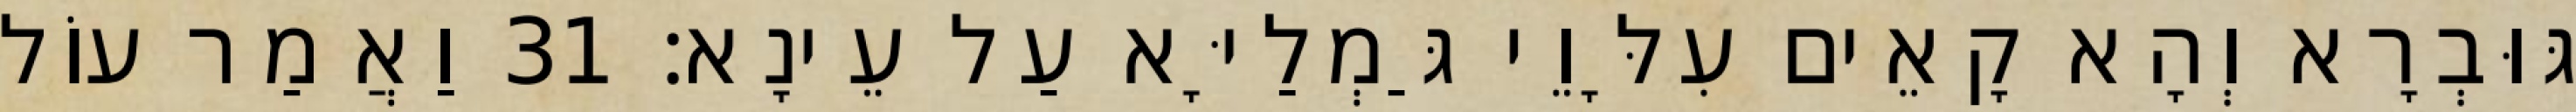
גּוּבְרָא וְהָא קָאֵים עִלָּוֵי גַּמְלַיָּא עַל עֵינָא׃ 31 וַאֲמַר עוֹל